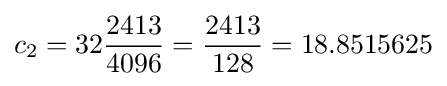
c_{2}=32{\frac {2413}{4096}}={\frac {2413}{128}}=18.8515625